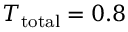
T _ { \mathrm { t o t a l } } = 0 . 8